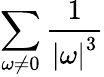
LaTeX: \sum_{\omega\neq 0}{\frac{1}{\left|\omega\right|^{3}}}